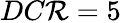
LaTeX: DC\mathcal{R}=5